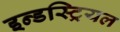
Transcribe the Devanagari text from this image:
इन्डस्ट्रियल